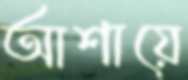
আশায়ে